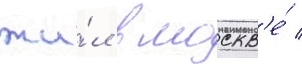
жи́л в москв'е́ /